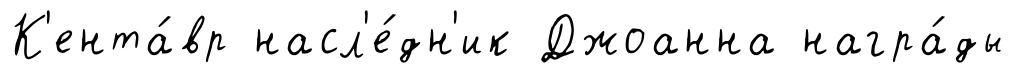
К'ента́вр насл'е́дн'ик Джоанна награ́ды